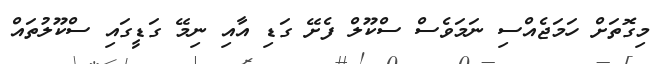
މިގޮތަށް ހަމަޖެއްސި ނަމަވެސް ސްކޫލް ފެށޭ ގަޑި އާއި ނިމޭ ގަޑީގައި ސްކޫލުތައް